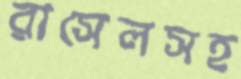
রাসেলসহ